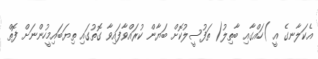
އެކަލާނގެ އީ )ހައްގާއި ބާތިލު( ތަފުސީލުކޮށް ބަޔާން ކުރައްވާފައިވާ ގޮތުގައި ތިޔަބައިމީހުންނަށް ފޮތް